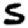
Digit: 5